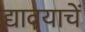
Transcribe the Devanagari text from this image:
द्यावयाचें